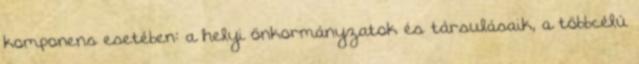
komponens esetében: a helyi önkormányzatok és társulásaik, a többcélú